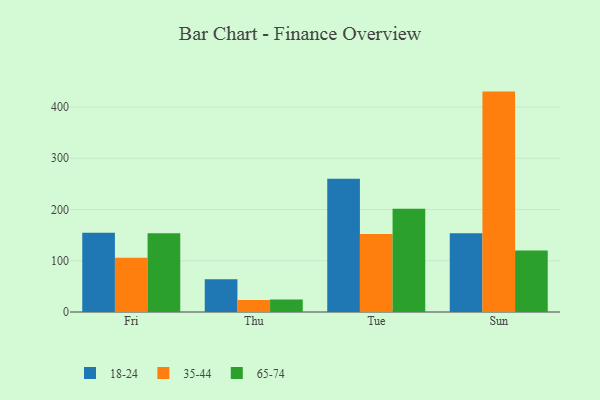
{"axis": {"x": "Day", "y": "Population (Million)"}, "legend": ["18-24", "35-44", "65-74"], "data": [{"x": "Fri", "y": 154.6, "type": "18-24"}, {"x": "Fri", "y": 106.1, "type": "35-44"}, {"x": "Fri", "y": 153.7, "type": "65-74"}, {"x": "Thu", "y": 63.7, "type": "18-24"}, {"x": "Thu", "y": 23.2, "type": "35-44"}, {"x": "Thu", "y": 24.5, "type": "65-74"}, {"x": "Tue", "y": 260.1, "type": "18-24"}, {"x": "Tue", "y": 152.0, "type": "35-44"}, {"x": "Tue", "y": 201.6, "type": "65-74"}, {"x": "Sun", "y": 153.5, "type": "18-24"}, {"x": "Sun", "y": 430.1, "type": "35-44"}, {"x": "Sun", "y": 119.9, "type": "65-74"}]}